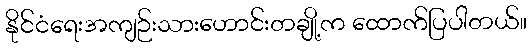
နိုင်ငံရေးအကျဉ်းသားဟောင်းတချို့က ထောက်ပြပါတယ်။